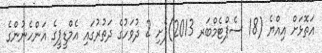
އަތޮޅަށް އިއްޔެ (18 ސެޕްޓެމްބަރ 2013)ފެށި 2 ދުވަހުގެ ދަތުރުގައި އެމްޑީޕީގެ އަންހެނުންގެ